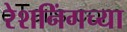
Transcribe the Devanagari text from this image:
रेशनिंगच्या